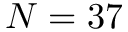
N = 3 7